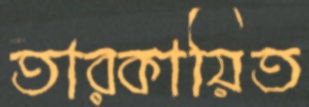
তারকায়িত